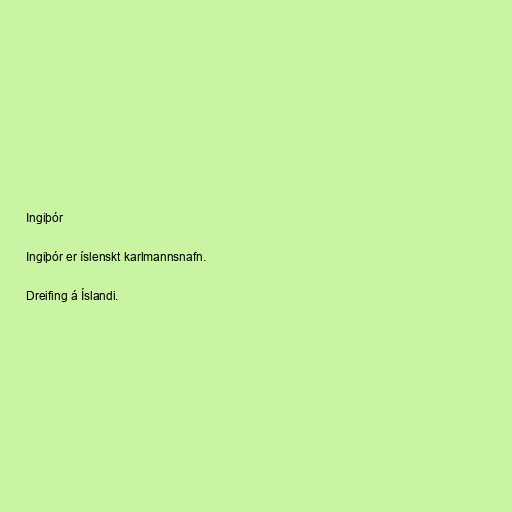
Ingiþór

Ingiþór er íslenskt karlmannsnafn.

Dreifing á Íslandi.